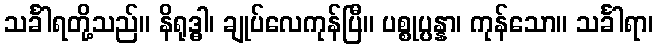
သင်္ခါရတို့သည်။ နိရုဒ္ဓါ၊ ချုပ်လေကုန်ပြီ။ ပစ္စုပ္ပန္နာ၊ ကုန်သော။ သင်္ခါရာ၊